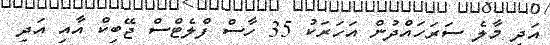
އަދި މާލެ ސަރަހައްދުން އަހަރަކު 35 ހާސް ފްލެޓްސް ޖޭބިކް އާއި އަދި